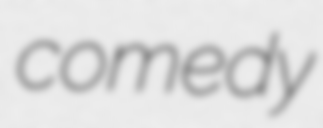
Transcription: comedy